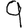
Digit: 9